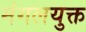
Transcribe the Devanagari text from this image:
मंगलयुक्त